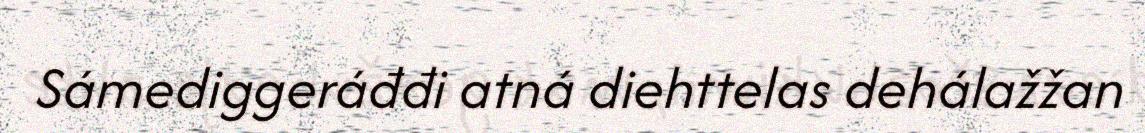
Sámediggeráđđi atná diehttelas dehálažžan